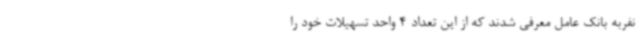
نفربه بانک عامل معرفی شدند که از این تعداد 4 واحد تسهیلات خود را